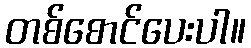
တစ်စောင်ပေးပါ။